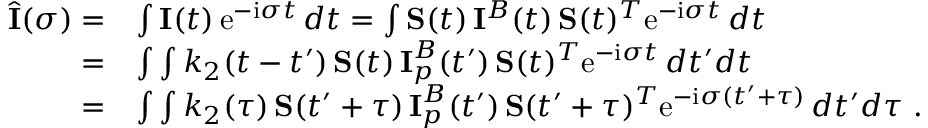
\begin{array} { r l } { \hat { \bf \cal I } ( \sigma ) = } & { \int { \bf \cal I } ( t ) \, \mathrm { e } ^ { - \mathrm { i } \sigma t } \, d t = \int { \bf \cal S } ( t ) \, { \bf \cal I } ^ { B } ( t ) \, { \bf \cal S } ( t ) ^ { T } \mathrm { e } ^ { - \mathrm { i } \sigma t } \, d t } \\ { = } & { \int \int k _ { 2 } ( t - t ^ { \prime } ) \, { \bf \cal S } ( t ) \, { \bf \cal I } _ { p } ^ { B } ( t ^ { \prime } ) \, { \bf \cal S } ( t ) ^ { T } \mathrm { e } ^ { - \mathrm { i } \sigma t } \, d t ^ { \prime } d t } \\ { = } & { \int \int k _ { 2 } ( \tau ) \, { \bf \cal S } ( t ^ { \prime } + \tau ) \, { \bf \cal I } _ { p } ^ { B } ( t ^ { \prime } ) \, { \bf \cal S } ( t ^ { \prime } + \tau ) ^ { T } \mathrm { e } ^ { - \mathrm { i } \sigma ( t ^ { \prime } + \tau ) } \, d t ^ { \prime } d \tau \ . } \end{array}